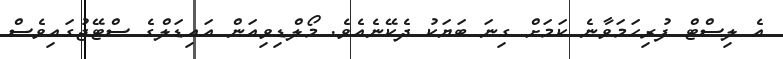
އެ ލިސްޓް ފުރިހަމަވާނެ ކަމަށް ގިނަ ބަޔަކު ދެކޭނެއެވެ. މޯލްޑިވިއަން އައިޑަލްގެ ސްޓޭޖުގައިވެސް